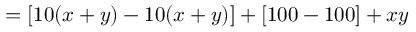
\, = [ 1 0 ( x + y ) - 1 0 ( x + y ) ] + [ 1 0 0 - 1 0 0 ] + x y